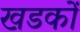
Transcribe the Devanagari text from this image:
खडकों